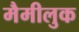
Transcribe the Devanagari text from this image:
मैमीलुक